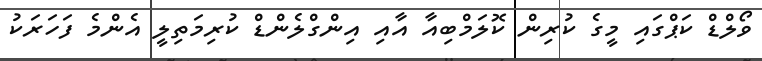
ވޯލްޑް ކަޕްގައި މީގެ ކުރިން ކޮލަމްބިއާ އާއި އިންގްލެންޑް ކުރިމަތިލީ އެންމެ ފަހަރަކު